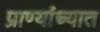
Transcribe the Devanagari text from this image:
प्राण्यांच्यात